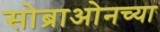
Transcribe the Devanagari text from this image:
सोब्राओनच्या